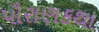
પૌરાણકથા